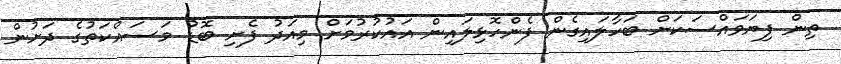
ތިން ފިޔަވައްސަކަށް ބަހާލައިގެން ފެންހޮޅިލައިން އައުކުރުމަށް މިއަދު ފެށި ބޮޑު މަސައްކަތުގެ ދަށުން